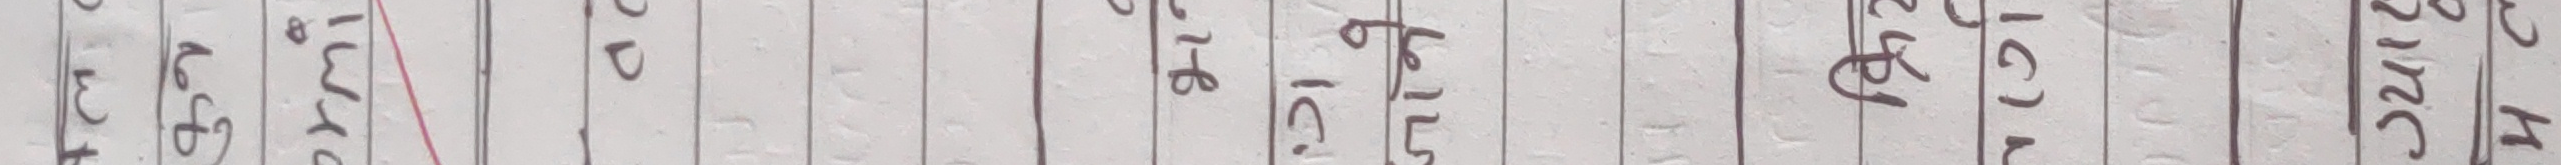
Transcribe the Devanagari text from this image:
३
४
५
६
७
८

श्रीमती
पुनम
पुरी

२

(empty column)

३
६
७
८
९
१०

१
६
१५
१६

महाजिरायको

जन्ममिति

२०५८

साउन
२८

नेपाली
नागरिकता
नम्बर

३
५
१
०
५
३
५
१
०
५